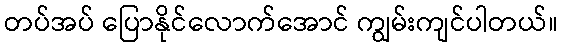
တပ်အပ် ပြောနိုင်လောက်အောင် ကျွမ်းကျင်ပါတယ်။